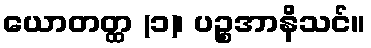
ယောတတ္ထ (၁)၊ ပဉ္စအာနိသင်။